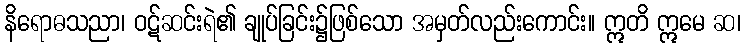
နိရောဓသညာ၊ ဝဋ်ဆင်းရဲ၏ ချုပ်ခြင်း၌ဖြစ်သော အမှတ်လည်းကောင်း။ ဣတိ ဣမေ ဆ၊